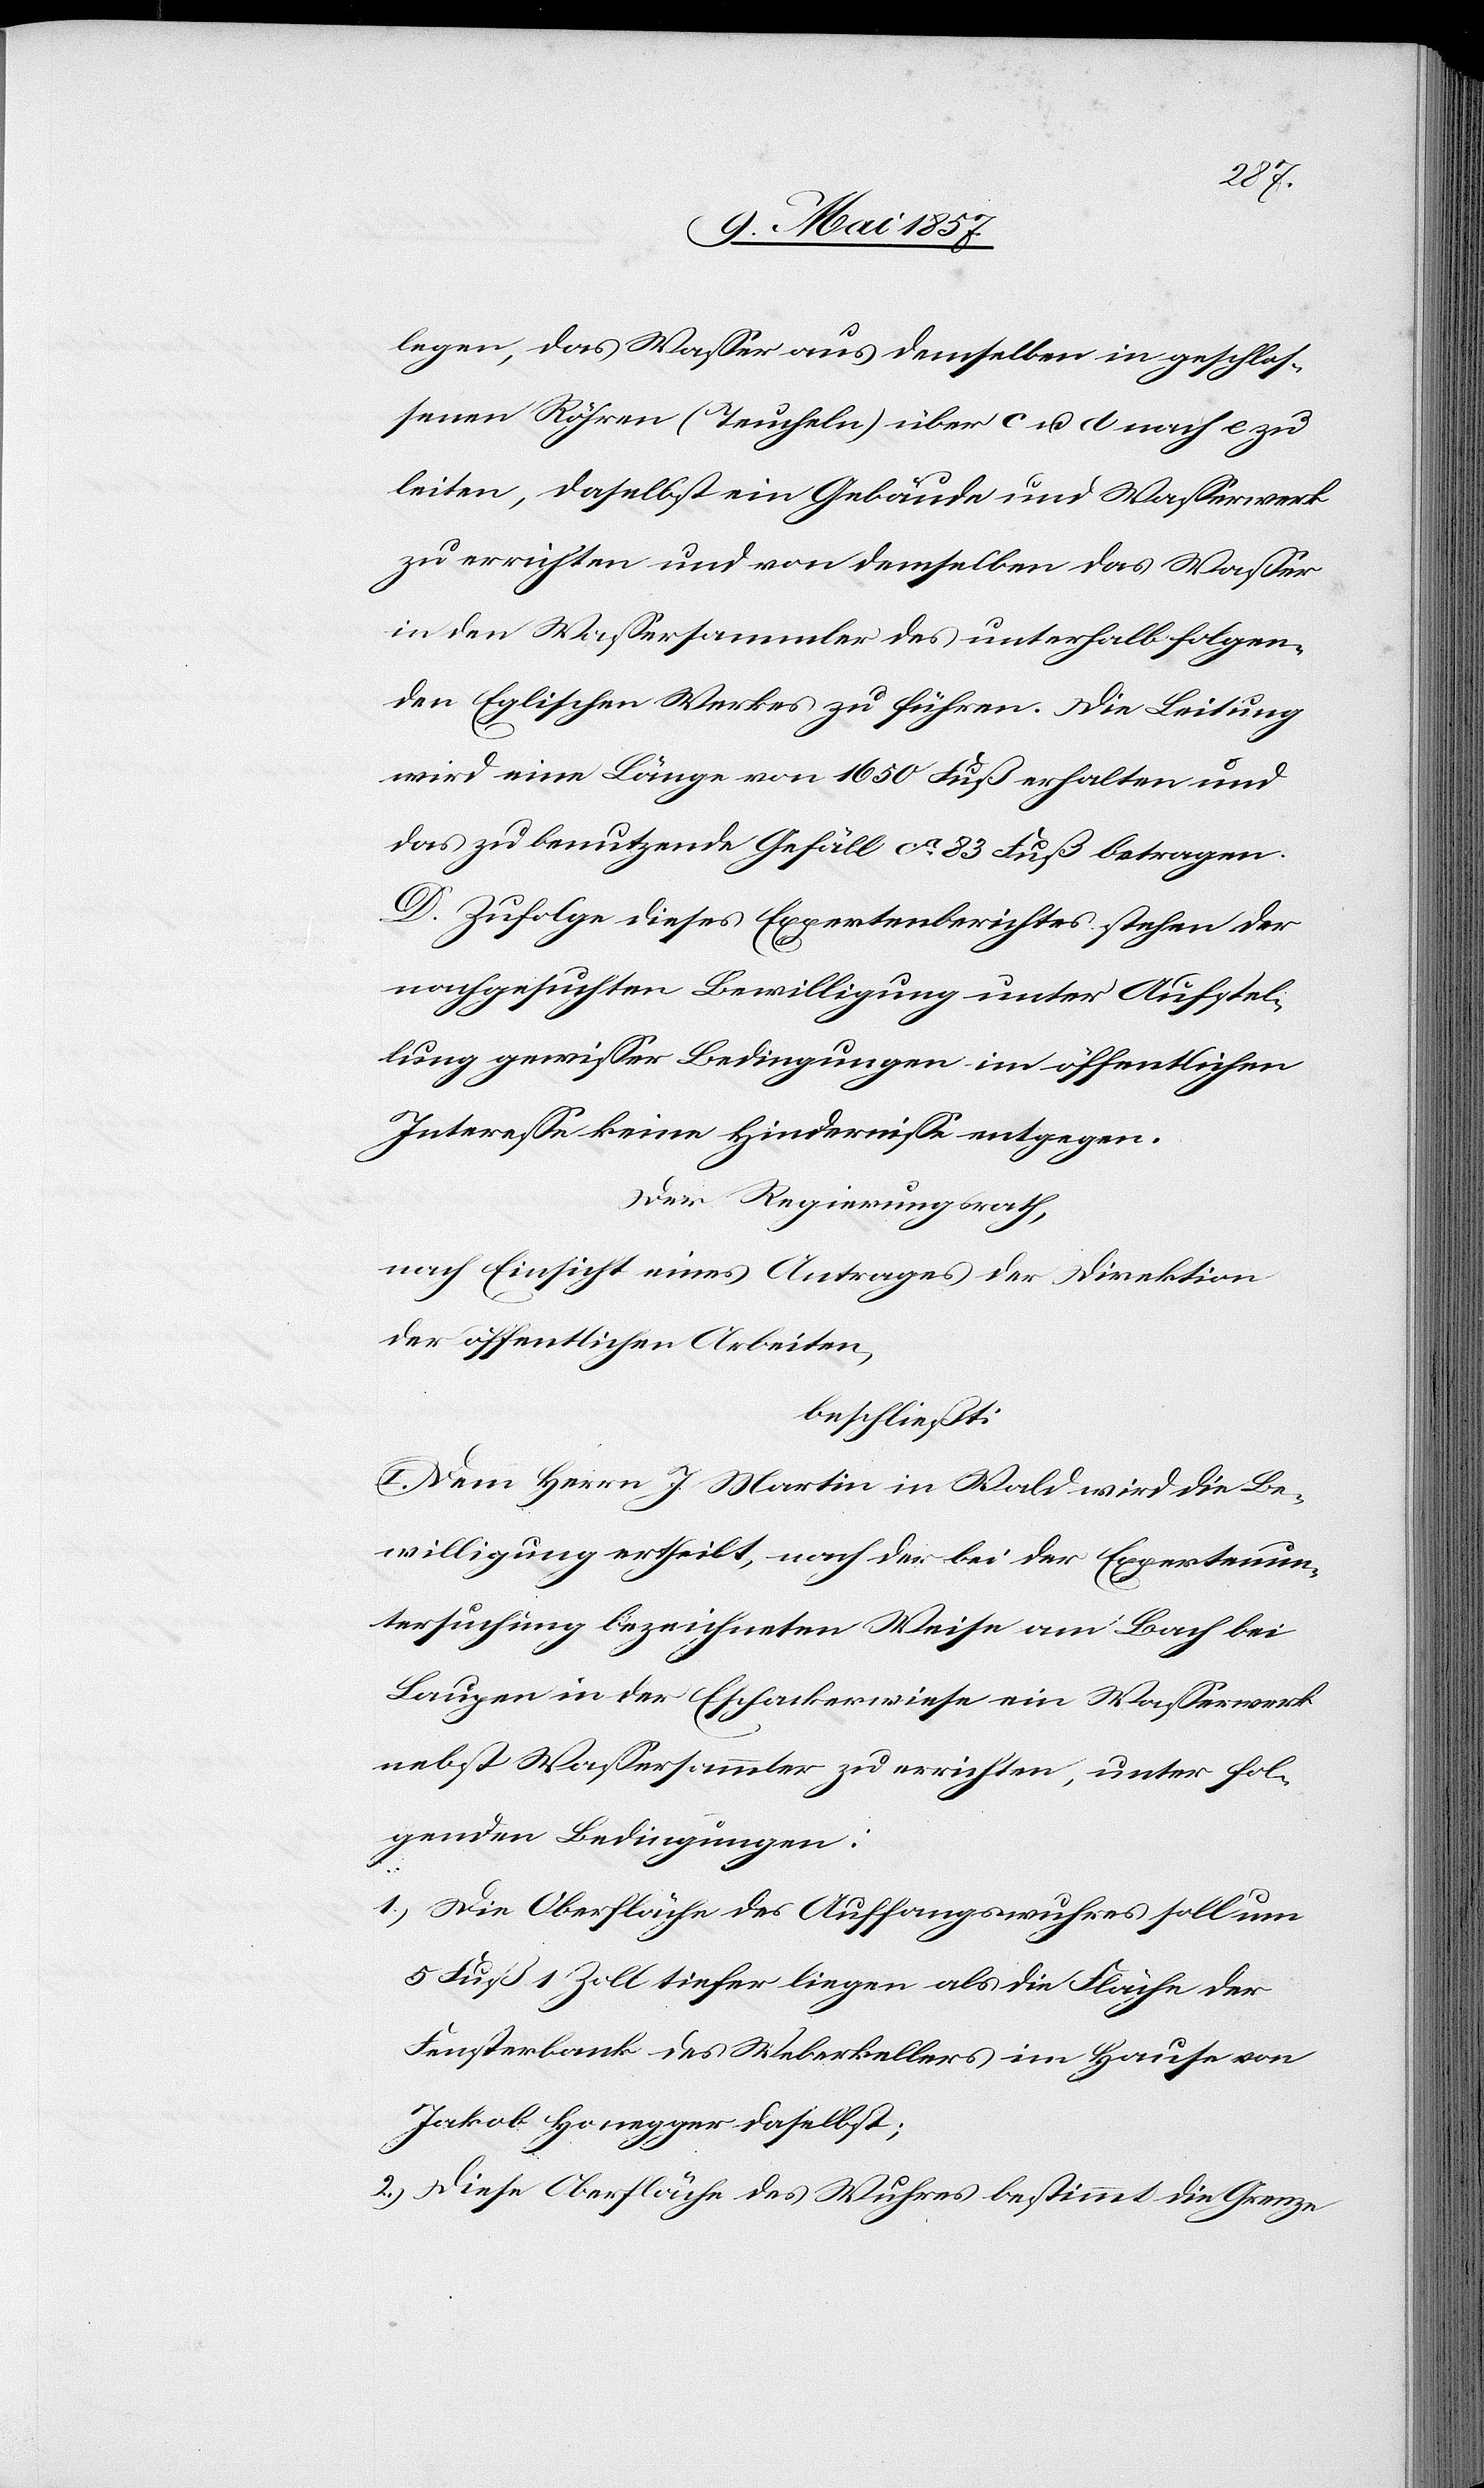
legen, das Wasser aus demselben in geschlos¬
senen Röhren (Teucheln) über c u. d nach e zu
leiten, daselbst ein Gebäude und Wasserwerk
zu errichten und von demselben das Wasser
in den Wassersammler des unterhalb liegen¬
den Eglischen Werkes zu führen. Die Leitung
wird eine Länge von 1650 Fuß erhalten und
das zu benutzende Gefäll ca 83 Fuß betragen.
D. Zufolge dieses Expertenberichtes stehen der
nachgesuchten Bewilligung unter Aufstel¬
lung gewisser Bedingungen im öffentlichen
Interesse keine Hindernisse entgegen.
Der Regierungsrath,
nach Einsicht eines Antrages der Direktion
der öffentlichen Arbeiten,
beschließt:
I. Dem Herrn J. Martin in Wald wird die Be¬
willigung ertheilt, nach der bei der Expertenun¬
tersuchung bezeichneten Weise am Bach bei
Laupen in der Eschackerwiese ein Wasserwerk
nebst Wassersammler zu errichten, unter fol¬
genden Bedingungen:
1.) Die Oberfläche des Auffangswuhres soll um
5 Fuß 1 Zoll tiefer liegen als die Fläche der
Fensterbank des Weberkellers im Hause von
Jakob Honegger selbst;
2.) Diese Oberfläche des Wuhres bestimmt die Grenze